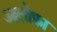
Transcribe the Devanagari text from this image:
आलोफ़ा